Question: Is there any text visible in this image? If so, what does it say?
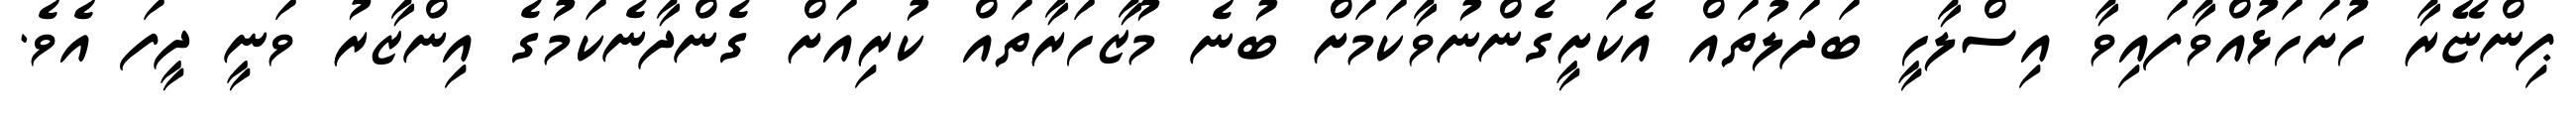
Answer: ޕިންޏޭރާ ހުށަހަޅުއްވާފައިވާ އިސްލާހީ ބަދަލުތައް އެކަށީގެންނުވާކަމަށް ބުނެ މުޒާހަރާތައް ކުރިއަށް ގެންދާނެކަމުގެ އިންޒާރު ވަނީ ދީފަ އެވެ.